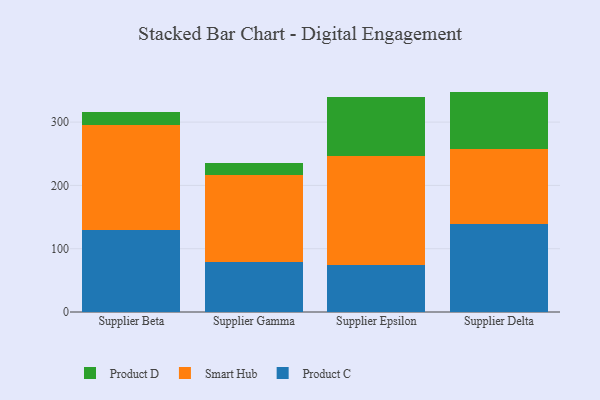
{"axis": {"x": "Supplier", "y": "Production Output"}, "legend": ["Product C", "Product D", "Smart Hub"], "data": [{"x": "Supplier Beta", "y": 129.6, "type": "Product C"}, {"x": "Supplier Beta", "y": 166.4, "type": "Smart Hub"}, {"x": "Supplier Beta", "y": 20.5, "type": "Product D"}, {"x": "Supplier Gamma", "y": 78.9, "type": "Product C"}, {"x": "Supplier Gamma", "y": 137.4, "type": "Smart Hub"}, {"x": "Supplier Gamma", "y": 18.9, "type": "Product D"}, {"x": "Supplier Epsilon", "y": 74.5, "type": "Product C"}, {"x": "Supplier Epsilon", "y": 171.6, "type": "Smart Hub"}, {"x": "Supplier Epsilon", "y": 93.8, "type": "Product D"}, {"x": "Supplier Delta", "y": 139.4, "type": "Product C"}, {"x": "Supplier Delta", "y": 117.4, "type": "Smart Hub"}, {"x": "Supplier Delta", "y": 91.4, "type": "Product D"}]}